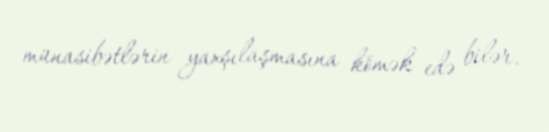
münasibətlərin yaxşılaşmasına kömək edə bilər.